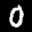
Label: 0